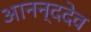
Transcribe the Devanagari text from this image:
आनन्ददेव